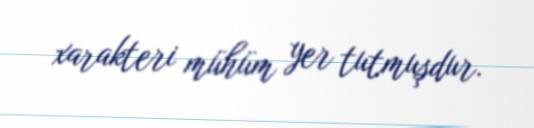
xarakteri mühüm yer tutmuşdur.